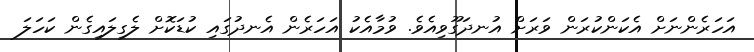
އަހަރެންނަށް އެކަންކުރަން ވަރަށް އުނދަގޫވިއެވެ. ވުމާއެކު އަހަރެން އެނދުގައި ކުޑަކޮށް ލެގިލައިގެން ކަހަލަ